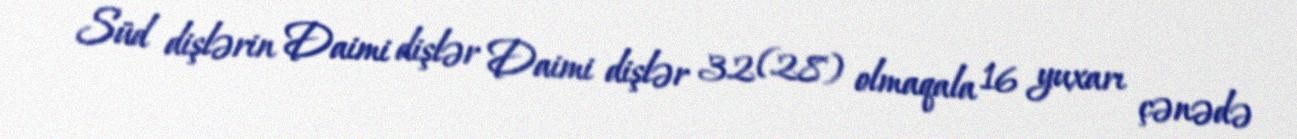
Süd dişlərin Daimi dişlər Daimi dişlər 32 (28) olmaqala 16 yuxarı çənədə